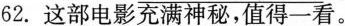
62.这部电影充满神秘，值得一看。